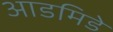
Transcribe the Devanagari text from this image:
आडमिडे